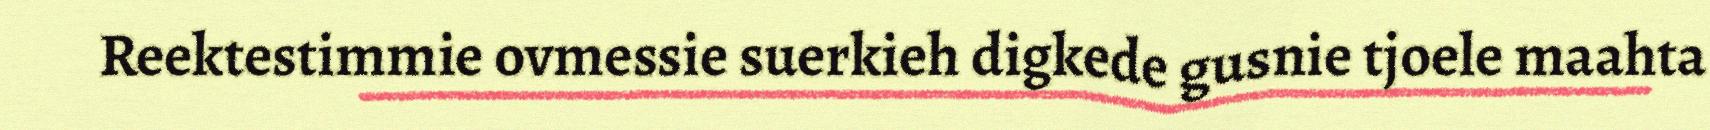
Reektestimmie ovmessie suerkieh digkede gusnie tjoele maahta